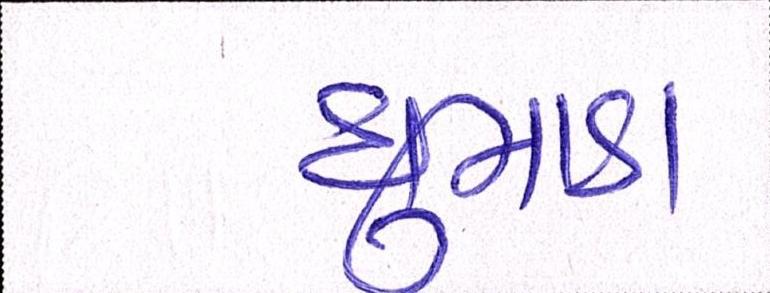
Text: ધુમાડા